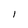
Character: l